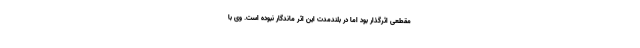
مقطعی اثرگذار بود اما در بلندمدت این اثر ماندگار نبوده‌ است. وی با